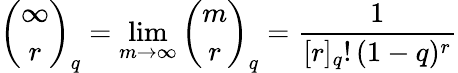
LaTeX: {\binom{\infty}{r}}_{q}=\operatorname*{lim}_{m\rightarrow\infty}{\binom{m}{r}}_{q}={\frac{1}{[r]_{q}!\, (1-q)^{r}}}